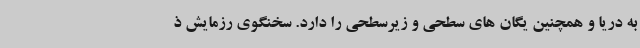
به دریا و همچنین یگان های سطحی و زیرسطحی را دارد. سخنگوی رزمایش ذ